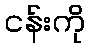
ငန်းကို